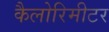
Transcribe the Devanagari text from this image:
कैलोरिमीटर